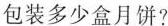
包装多少盒月饼?